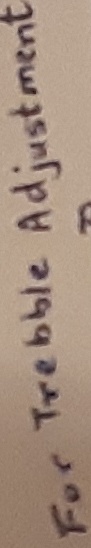
Text: FOR TREBBLE ADJUSTMENTS